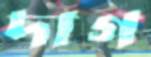
দাগ